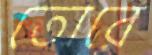
তোরে